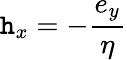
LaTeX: \mathtt{h}_{x}=-{\frac{{e_{y}}}{{\eta}}}